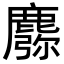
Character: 𪋈